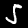
Digit: 5